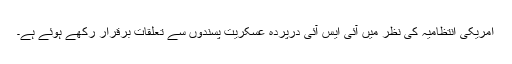
امریکی انتظامیہ کی نظر میں آئی ایس آئی درپردہ عسکریت پسندوں سے تعلقات برقرار رکھے ہوئے ہے۔